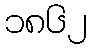
၁၈၆၂